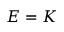
E = K